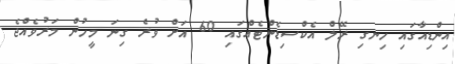
އިންޑިއާގައި ހިނގި ރޭލް އެކްސިޑެންޓެއްގައި 60 އަށް ވުރެ ގިނަ މީހުން މަރުވެއްޖެ